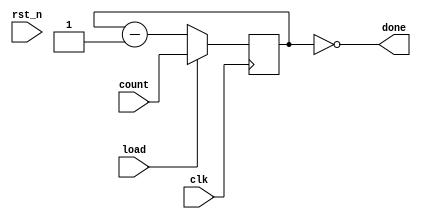
module delay_counter #(
	parameter counter_width = 32
) (
	input clk,
	input rst_n,

	input [counter_width-1:0] count,	
	input load,
	output done
	);



reg [counter_width-1:0] counter;

always @(posedge clk)
	if(load)
		counter <= count;
	else //if (!done)
		counter <= counter - 1'b1;
	
	
assign done = (counter == 0);


endmodule